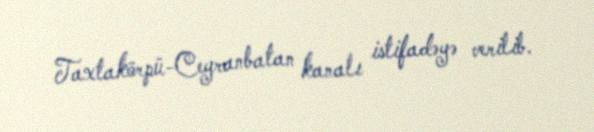
Taxtakörpü-Ceyranbatan kanalı istifadəyə verilib.